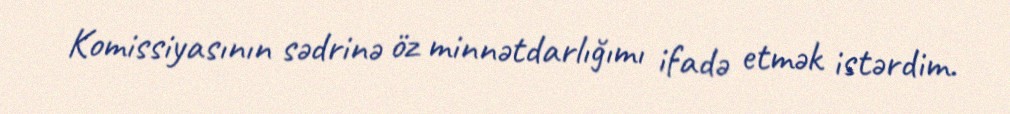
Komissiyasının sədrinə öz minnətdarlığımı ifadə etmək istərdim.